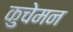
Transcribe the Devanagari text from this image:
कुचेमन